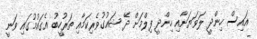
އައިސް ހިންދީ ލަވަޔަށާއި ހިންދީ ފިލްމަށް ދޭ ޝައުގުވެރިކަމާއި ތަރުހީބު އެގައުމުގައި ވަނީ